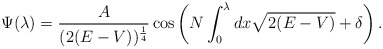
\begin{align*}\Psi ( \lambda ) = \frac{A}{(2(E-V))^{ \frac{1}{4} } } \cos \left( N\int_{0}^{\lambda} d x \sqrt{2(E-V)} + \delta \right ).\end{align*}